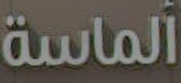
الماسة